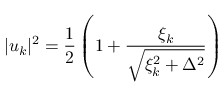
| u _ { k } | ^ { 2 } = \frac { 1 } { 2 } \left( 1 + \frac { \xi _ { k } } { \sqrt { \xi _ { k } ^ { 2 } + \Delta ^ { 2 } } } \right)